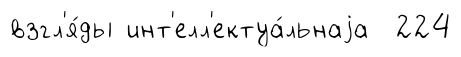
взгл'я́ды инт'елл'ектуа́льнаjа 224